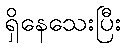
ရှိနေသေးပြီး